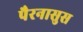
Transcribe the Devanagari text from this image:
पैरनासुस